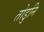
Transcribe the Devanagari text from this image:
तोडुनि